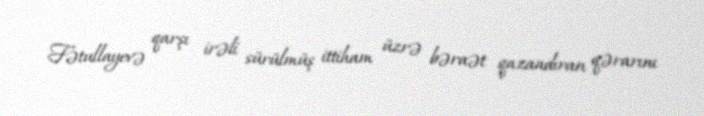
Fətullayevə qarşı irəli sürülmüş ittiham üzrə bəraət qazandıran qərarını